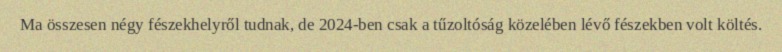
Ma összesen négy fészekhelyről tudnak, de 2024-ben csak a tűzoltóság közelében lévő fészekben volt költés.